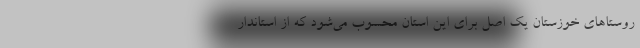
روستاهای خوزستان یک اصل برای این استان محسوب می‌شود که از استاندار